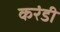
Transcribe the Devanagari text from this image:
करंडी